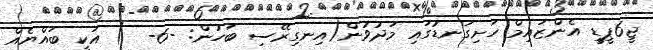
ޖީ6ޕީޑީ އެންޒައިމް ހަށިގަނޑުގައި މަދުވުން(އިނގިރޭސި ބަހުން: -6-  ) އަކީ ބައްޔެއް